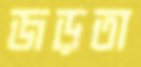
জড়তা